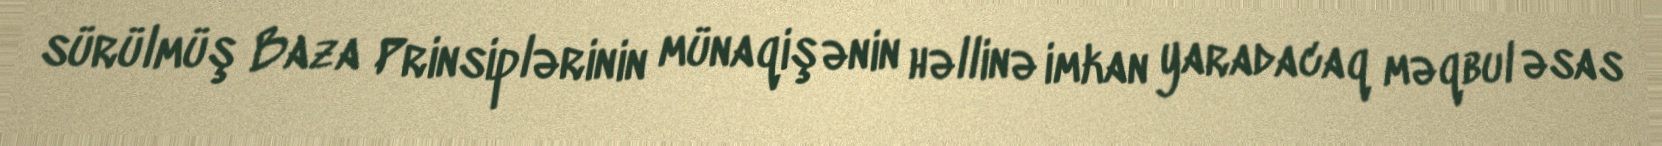
sürülmüş Baza Prinsiplərinin münaqişənin həllinə imkan yaradacaq məqbul əsas